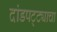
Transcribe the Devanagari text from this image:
दांडपट्ट्याचा